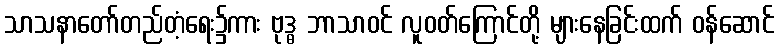
သာသနာတော်တည်တံ့ရေး၌ကား ဗုဒ္ဓ ဘာသာဝင် လူဝတ်ကြောင်တို့ များနေခြင်းထက် ဝန်ဆောင်